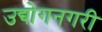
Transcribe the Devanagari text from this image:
उद्योगनगरी